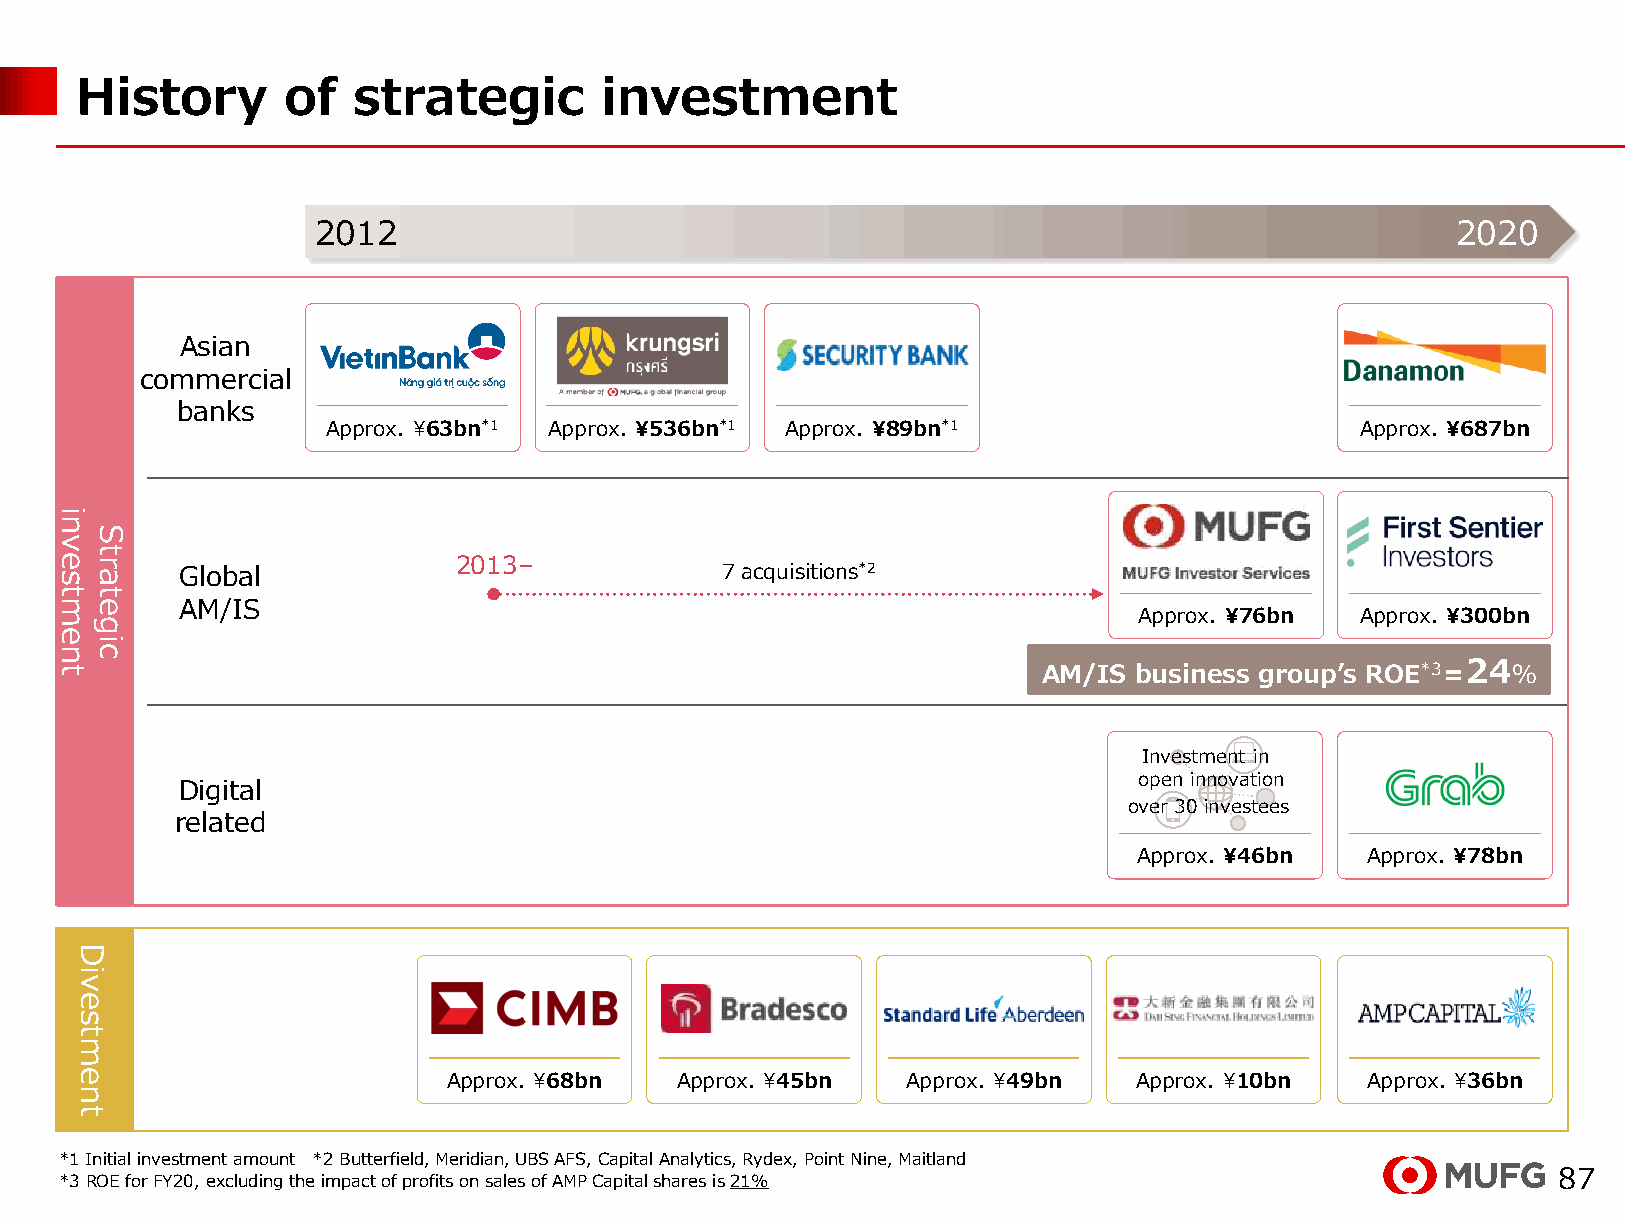
History       of  strategic        investment
 2012                                                                       2020
 Asian
 commercial
 banks
 Approx. ¥63bn*1 Approx. ¥536bn*1 Approx. ¥89bn*1                    Approx. ¥687bn
 Global            2013–             7 acquisitions*2
 AM/IS
 Approx. ¥76bn  Approx. ¥300bn
 AM/IS business group’s ROE*3＝24％
 Investment in
 open innovation
 Digital
 over 30 investees
 related
 Approx. ¥46bn  Approx. ¥78bn
 Approx. ¥68bn  Approx. ¥45bn  Approx. ¥49bn  Approx. ¥10bn   Approx. ¥36bn
 *1 Initial investment amount *2 Butterfield, Meridian, UBS AFS, Capital Analytics, Rydex, Point Nine, Maitland
 *3 ROE for FY20, excluding the impact of profits on sales of AMPCapital shares is 21%              87
 investment
 Divestment
 Strategic